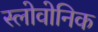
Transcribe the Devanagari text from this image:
स्लोवोनिक